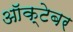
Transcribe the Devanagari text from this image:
आॅक्टेबर